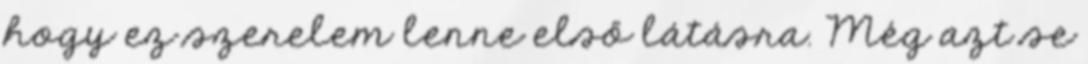
hogy ez szerelem lenne első látásra. Még azt se